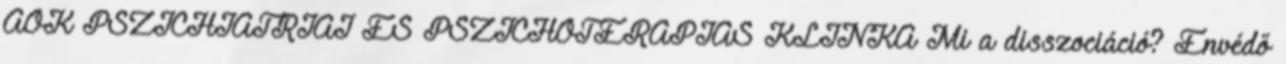
ÁOK PSZICHIÁTRIAI ÉS PSZICHOTERÁPIÁS KLINKA Mi a disszociáció? Énvédő